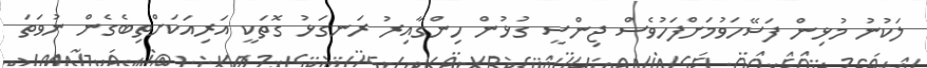
ލަކުނު މުޅިން ފަސޭހަވުމަށްފަހުވެސް ޖިންސީ ގުޅުން ހިންގާއިރު ރަނގަޅު ގޮތަކީ އަރިއަކަށްތިބެގެން ނުވަތަ